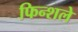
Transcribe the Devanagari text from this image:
फिन्शले